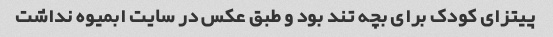
پیتزای کودک برای بچه تند بود و طبق عکس در سایت ابمیوه نداشت